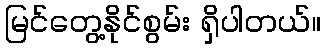
မြင်တွေ့နိုင်စွမ်း ရှိပါတယ်။